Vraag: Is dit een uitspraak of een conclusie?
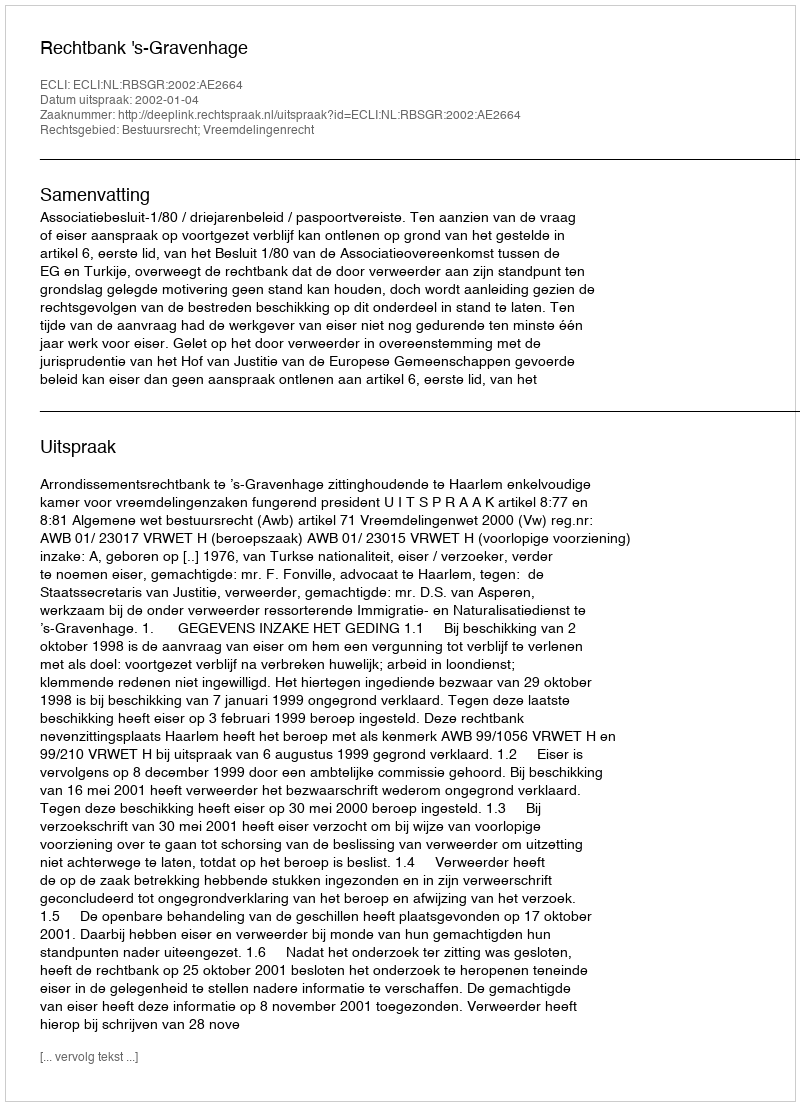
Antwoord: Uitspraak